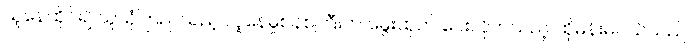
သူနေထိုင်၍ သူယုံကြည်သည့် လူနေမှုစနစ်ကြီးက မွေးထုတ် ပေးလိုက်သည့် ထိုမိန်းမငယ်သည်